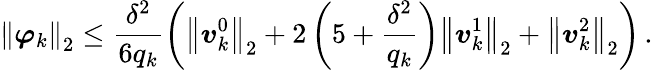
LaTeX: {\left\| {\boldsymbol{\varphi}}_{k}\right\| }_{2}\leq\frac{{\delta}^{2}}{{6}{q}_{k}}\left({\left\| {\boldsymbol{v}}_{k}^{0}\right\| }_{2}+{2}\left(5+\frac{{\delta}^{2}}{{q}_{k}}\right){\left\| {\boldsymbol{v}}_{k}^{1}\right\| }_{2}+{\left\| {\boldsymbol{v}}_{k}^{2}\right\| }_{2}\right)\, .